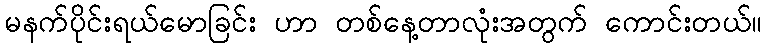
မနက်ပိုင်းရယ်မောခြင်း ဟာ တစ်နေ့တာလုံးအတွက် ကောင်းတယ်။